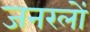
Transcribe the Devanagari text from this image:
जनरलाें